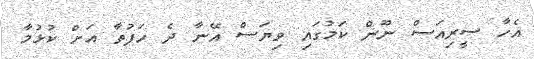
އެހާ ސީރިއަސް ނޫން ކަމުގައި ވިޔަސް އޭނާ ދެ ހަފުތާ އަށް ކުޅުމާ